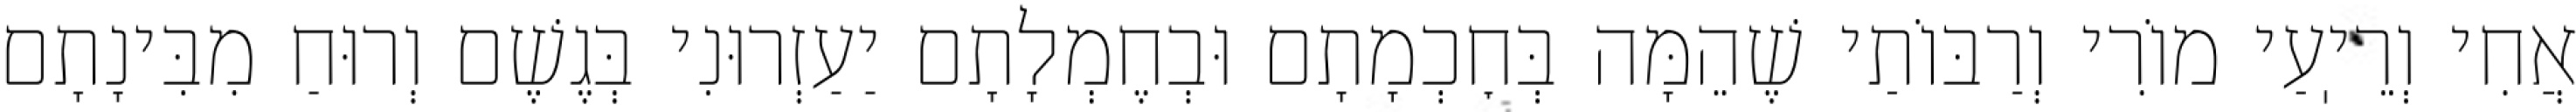
אֲחִי וְרֵיֽעַי מוֹרִי וְרַבּוֹתַי שֶׁהֵמָּה בְּחׇכְמָתָם וּבְחֶמְלָתָם יַעַזְרוּנִי בְּגֶשֶׁם וְרוּחַ מִבִּינָתָם